Annual report on the Civil Veterinary Department, Burma (including the Insein Veterinary School) - 1923-1931
Year: 1923
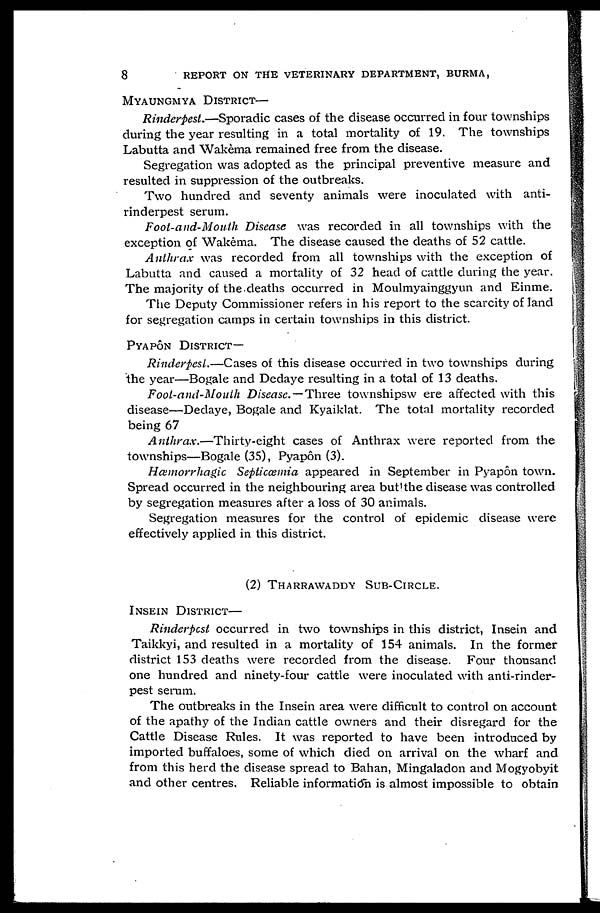
8 REPORT ON THE THE VERERINARY DEPARTMENT, BURMA,
MYAUNGMYA DISTRICT—
Rinderpest.—Sporadic cases of the disease occurred in four townships
during the year resulting in a total mortality of 19. The townships
Labutta and Wakèma remained free from the disease.
Segregation was adopted as the principal preventive measure and
resulted in suppression of the outbreaks.
Two hundred and seventy animals were inoculated with anti-
rinderpest serum.
Foot-and-Mouth Disease was recorded in all townships with the
exception of Wakema. The disease caused the deaths of 52 cattle.
Anthrax was recorded from all townships with the exception of
Labutta and caused a mortality of 32 head of cattle during the year.
The majority of the deaths occurred in Moulmyainggyun and Einme.
The Deputy Commissioner refers in his report to the scarcity of land
for segregation camps in certain townships in this district.
PYAPÔN DISTRICT—
Rinderpest.—Cases of this disease occurred in two townships during
the year—Bogale and Dedaye resulting in a total of 13 deaths.
Foot-and-Mouth Disease.—Three townshipsw ere affected with this
disease—Dedaye, Bogale and Kyaiklat. The total mortality recorded
being 67
Anthrax.—Thirty-eight
cases of Anthrax were reported from the
townships—Bogale (35), Pyapôn (3).
Hæmorrhagic Septicæmia appeared in September in Pyapôn town.
Spread occurred in the neighbouring area but the disease was controlled
by segregation measures after a loss of 30 animals.
Segregation measures for the control of epidemic disease were
effectively applied in this district.
(2)
THARRAWADDY
SUB-CIRCLE.
INSEIN DISTRICT—
Rinderpest occurred in two townships in this district, Insein and
Taikkyi, and resulted in a mortality of 154 animals. In the former
district 153 deaths were recorded from the disease. Four thousand
one hundred and ninety-four cattle were inoculated with anti-rinder-
pest serum.
The outbreaks in the Insein area were difficult to control on account
of the apathy of the Indian cattle owners and their disregard for the
Cattle Disease Rules. It was reported to have been introduced by
imported buffaloes, some of which died on arrival on the wharf and
from this herd the disease spread to Bahan , Mingaladon and Mogyobyit
and other centres. Reliable information is almost impossible to obtain